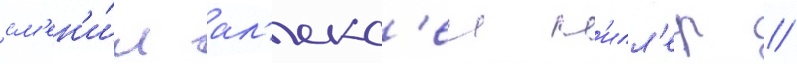
см'ен'и́л ал'екс'еи м'илл'ер //